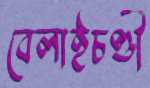
বেলাইচণ্ডী